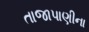
તાજાપાણીના